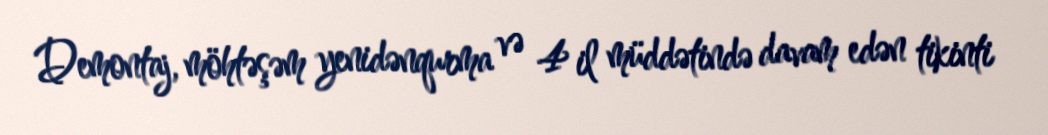
Demontaj, möhtəşəm yenidənqurma və 4 il müddətində davam edən tikinti